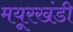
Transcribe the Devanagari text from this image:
मयूरखंडी